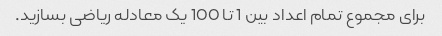
برای مجموع تمام اعداد بین 1 تا 100 یک معادله ریاضی بسازید.